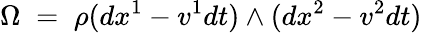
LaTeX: \Omega\; =\; \rho(dx^{1}-v^{1}dt)\land(dx^{2}-v^{2}dt)